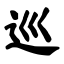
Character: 巡